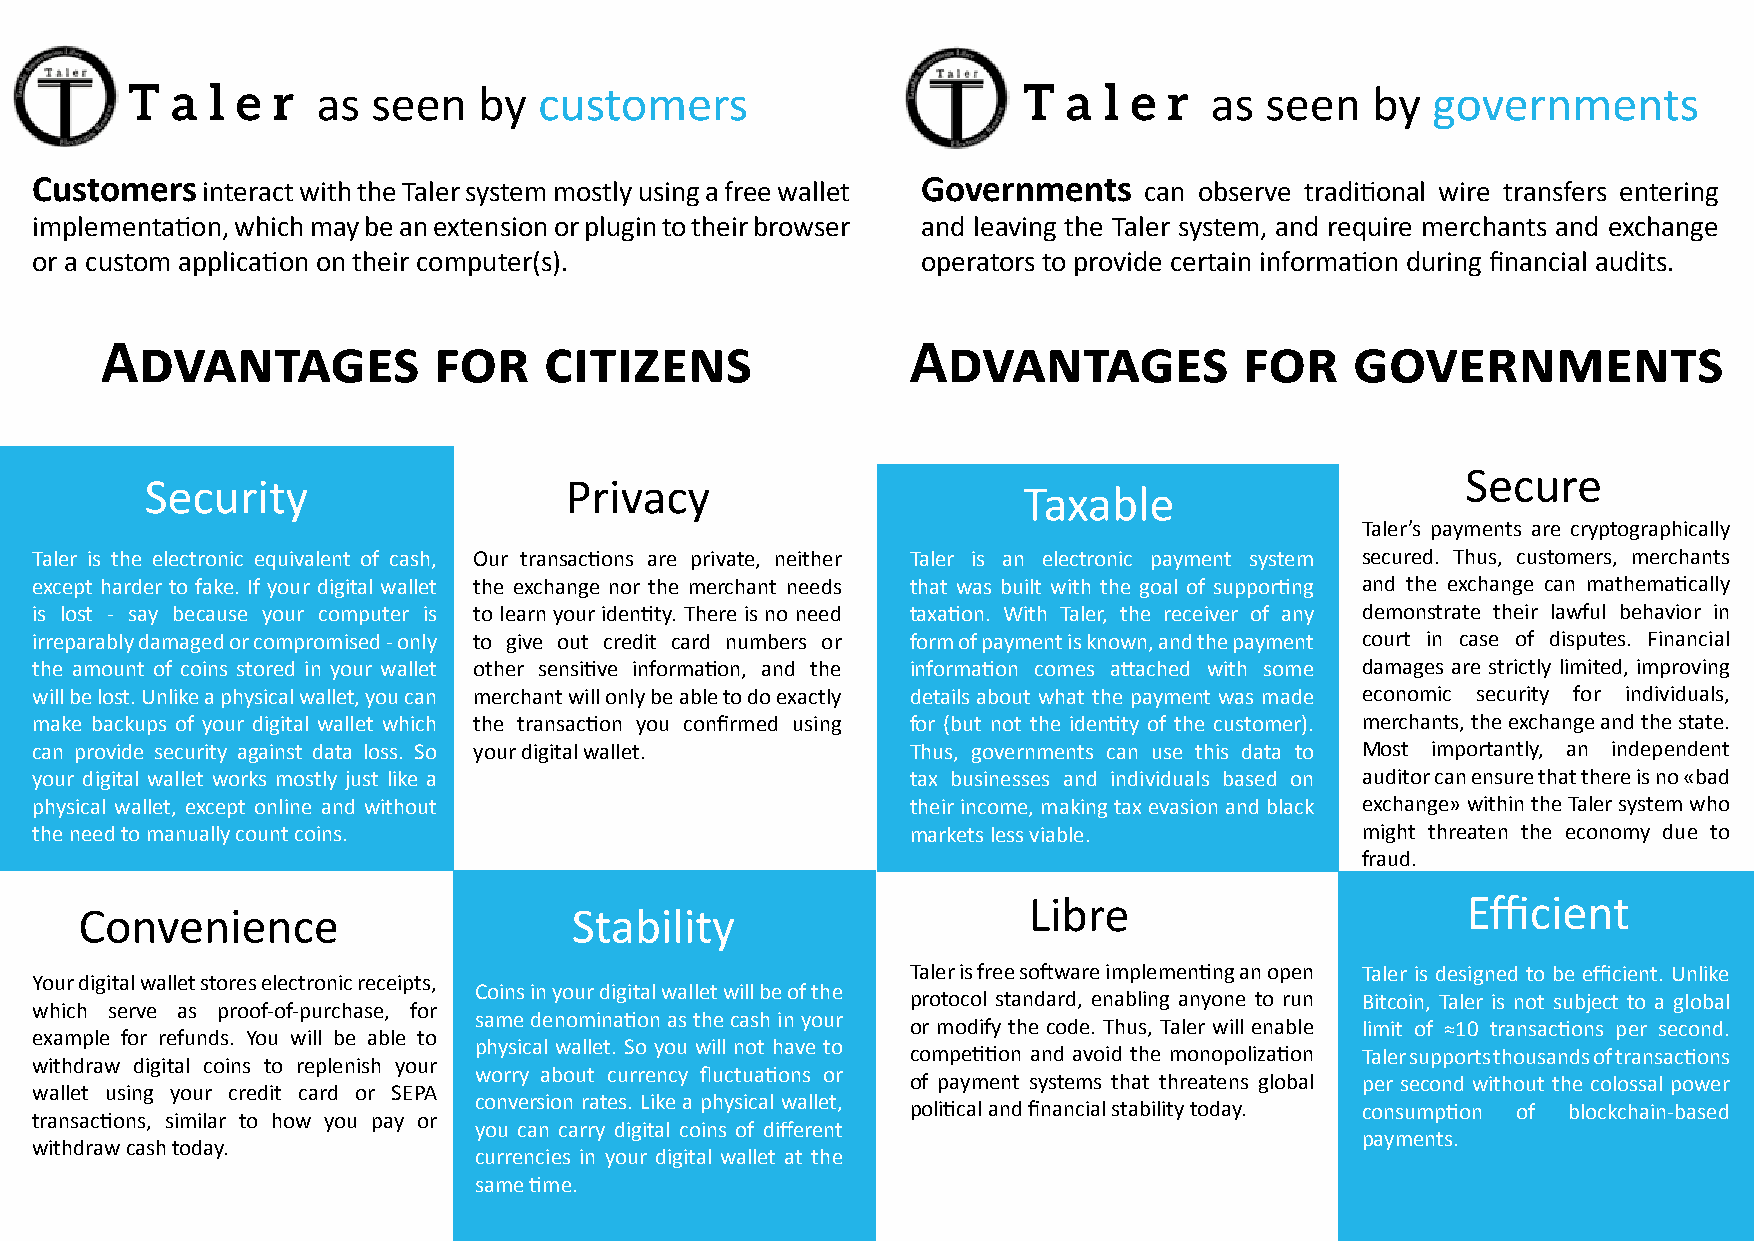
T  a  l e r
 as  seen   by  customers
 T  a l e r
 as  seen   by  governments
 Customers  interact with the Taler system mostly using a free wallet Governments can observe traditional wire transfers entering
 implementation, which may be an extension or plugin to their browser and leaving the Taler system, and require merchants and exchange
 or a custom application on their computer(s).              operators to provide certain information during financial audits.
 Advantages            for    citizens                Advantages            for     governments
 Secure
 Security                   Privacy
 Taxable
 Taler’s payments are cryptographically
 Taler is the electronic equivalent of cash, Our transactions are private, neither Taler is an electronic payment system secured. Thus, customers, merchants
 except harder to fake. If your digital wallet the exchange nor the merchant needs that was built with the goal of supporting and the exchange can mathematically
 is lost - say because your computer is to learn your identity. There is no need taxation. With Taler, the receiver of any demonstrate their lawful behavior in
 irreparably damaged or compromised - only to give out credit card numbers or form of payment is known, and the payment court in case of disputes. Financial
 the amount of coins stored in your wallet other sensitive information, and the information comes attached with some damages are strictly limited, improving
 will be lost. Unlike a physical wallet, you can merchant will only be able to do exactly details about what the payment was made economic security for individuals,
 make backups of your digital wallet which the transaction you confirmed using for (but not the identity of the customer). merchants, the exchange and the state.
 can provide security against data loss. So your digital wallet. Thus, governments can use this data to Most importantly, an independent
 your digital wallet works mostly just like a              tax businesses and individuals based on auditor can ensure that there is no «bad
 physical wallet, except online and without                their income, making tax evasion and black exchange» within the Taler system who
 the need to manually count coins.                         markets less viable.          might threaten the economy due to
 fraud.
 Libre                        Efficient
 Convenience                      Stability
 Taler is free software implementing an open Taler is designed to be efficient. Unlike
 Your digital wallet stores electronic receipts,
 Coins in your digital wallet will be of the
 protocol standard, enabling anyone to run Bitcoin, Taler is not subject to a global
 which serve as proof-of-purchase, for
 same denomination as the cash in your
 or modify the code. Thus, Taler will enable limit of ≈10 transactions per second.
 example for refunds. You will be able to
 physical wallet. So you will not have to
 competition and avoid the monopolization Taler supports thousands of transactions
 withdraw digital coins to replenish your
 worry about currency fluctuations or
 of payment systems that threatens global per second without the colossal power
 wallet using your credit card or SEPA
 conversion rates. Like a physical wallet,
 political and financial stability today. consumption of blockchain-based
 transactions, similar to how you pay or
 you can carry digital coins of different
 payments.
 withdraw cash today.
 currencies in your digital wallet at the
 same time.